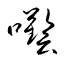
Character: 囈